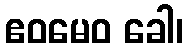
ဧဝမေဝ ခေါ၊